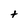
Character: t